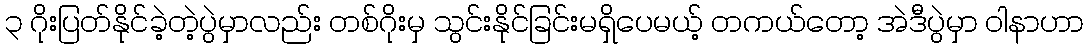
၃ ဂိုးပြတ်နိုင်ခဲ့တဲ့ပွဲမှာလည်း တစ်ဂိုးမှ သွင်းနိုင်ခြင်းမရှိပေမယ့် တကယ်တော့ အဲဒီပွဲမှာ ဝါနာဟာ